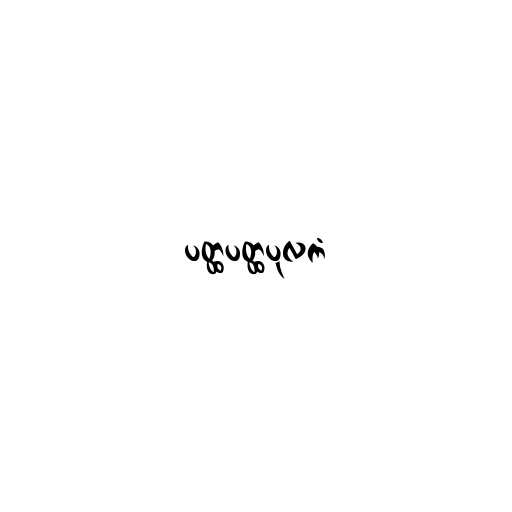
ပတ္ထပတ္ထပုလကံ